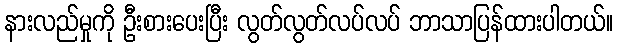
နားလည်မှုကို ဦးစားပေးပြီး လွတ်လွတ်လပ်လပ် ဘာသာပြန်ထားပါတယ်။